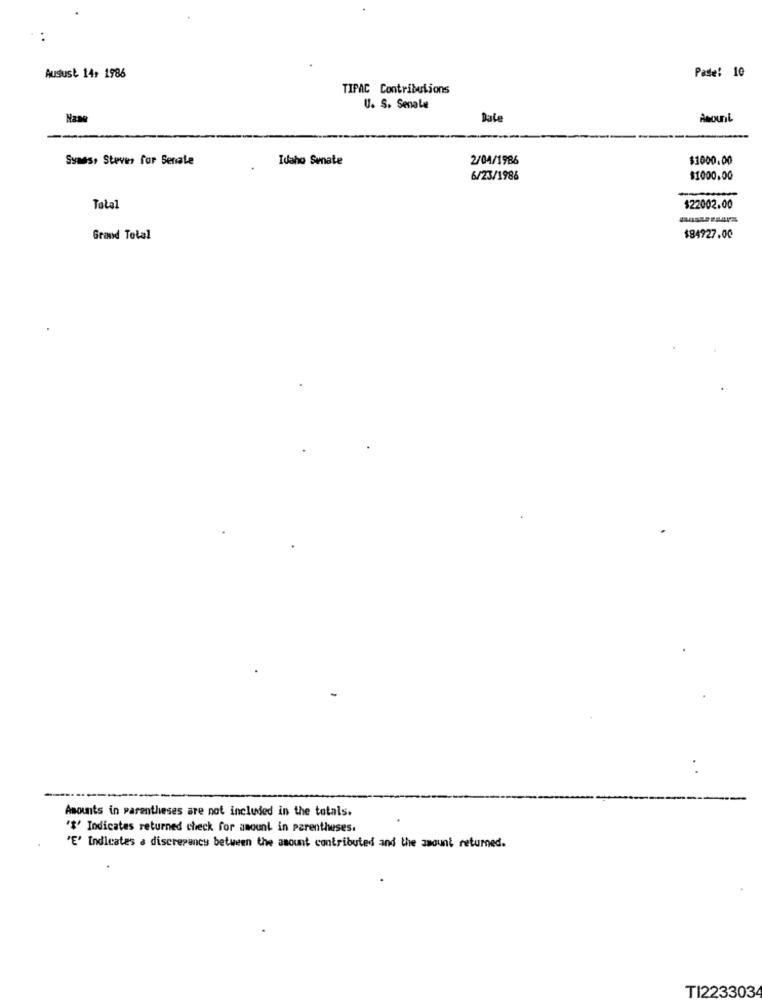
Paste: 10
Ausust 14: 1986
TIPAC Contributions
U. S. Senate
Dale
Amount
Syans, Steves for Senate
Idaho Senate
2/04/1986
$1000.00
6/23/1986
$1000.00
Total
$22002.00
Grand Total
$84927.00
Amounts in parentheses are not included in the totals.
'$' Indicates returned check for amount in parentheses.
'E' Indicates a discrepancy between the amount contributed and the amount returned.
TI223303